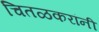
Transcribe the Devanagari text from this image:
चितळकरांनी